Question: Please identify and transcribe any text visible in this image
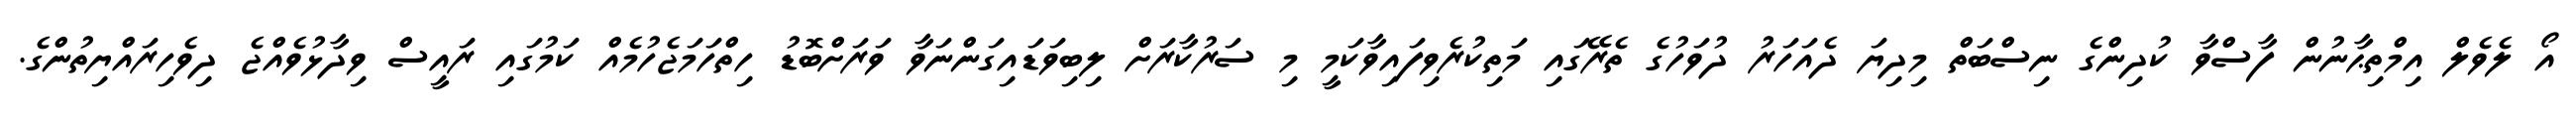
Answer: އޯ ލެވެލް އިމްތިޙާނުން ފާސްވާ ކުދިންގެ ނިސްބަތް މިދިޔަ ދެއަހަރު ދުވަހުގެ ތެރޭގައި މަތިކުރެވިފައިވާކަމީ މި ސަރުކާރަށް ލިބިވަޑައިގަންނަވާ ވަރަށްބޮޑު ހިތްހަމަޖެހުމެއް ކަމުގައި ރައީސް ވިދާޅުވެއްޖެ ދިވެހިރައްޔިތުންގެ.